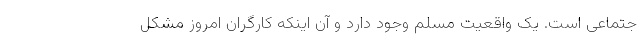
جتماعی است. یک واقعیت مسلم وجود دارد و آن اینکه کارگران امروز مشکل